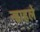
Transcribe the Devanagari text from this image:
न्हाहले